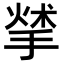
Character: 𢰣